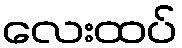
လေးထပ်